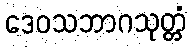
ဒေဝသဘာဂသုတ္တံ